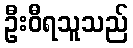
ဦးဝီရသူသည်